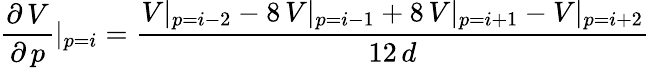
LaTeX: \frac{\partial\, V}{\partial\, p}\rvert_{p=i}=\frac{V\rvert_{p=i-2}-8\, V\rvert_{p=i-1}+8\, V\rvert_{p=i+1}-V\rvert_{p=i+2}}{12\, d}